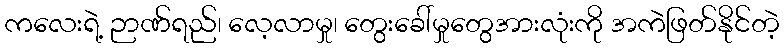
ကလေးရဲ့ ဉာဏ်ရည်၊ လေ့လာမှု၊ တွေးခေါ်မှုတွေအားလုံးကို အကဲဖြတ်နိုင်တဲ့